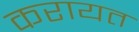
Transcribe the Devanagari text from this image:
करायत